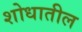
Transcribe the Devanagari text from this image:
शोधातील